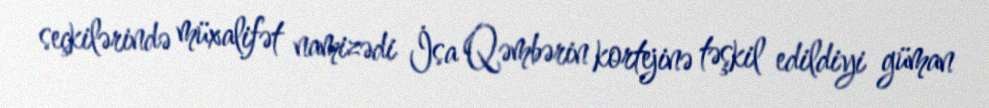
seçkilərində müxalifət namizədi İsa Qəmbərin kortejinə təşkil edildiyi güman